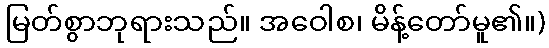
မြတ်စွာဘုရားသည်။ အဝေါစ၊ မိန့်တော်မူ၏။)